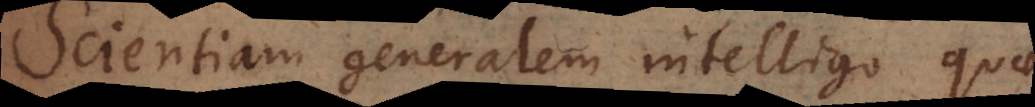
cientiam generalem intelligo quae